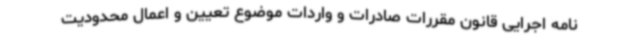
نامه اجرایی قانون مقررات صادرات و واردات موضوع تعیین و اعمال محدودیت